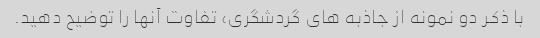
با ذکر دو نمونه از جاذبه های گردشگری، تفاوت آنها را توضیح دهید.